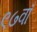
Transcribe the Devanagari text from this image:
९७वाँ